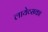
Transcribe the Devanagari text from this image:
लायेव्सका